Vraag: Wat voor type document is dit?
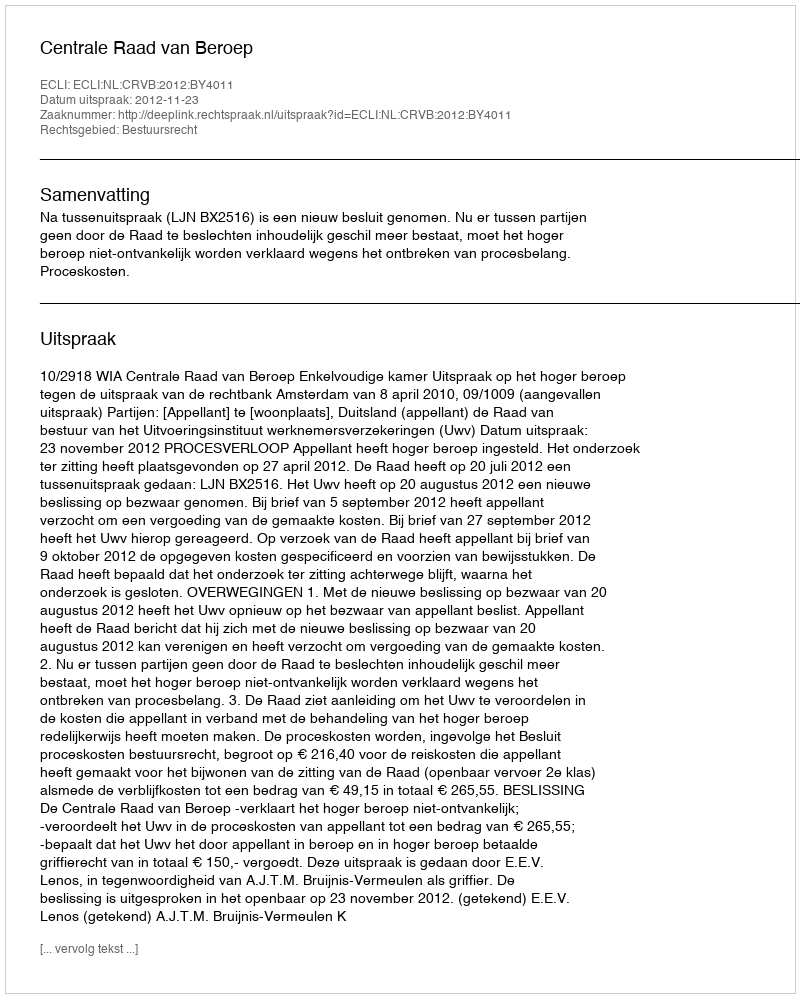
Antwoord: Uitspraak